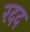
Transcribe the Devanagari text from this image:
रदद